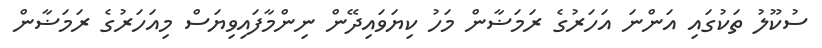
ސުކޫލު ތަކުގައި އަންނަ އަހަރުގެ ރަމަޟާން މަހު ކިޔަވައިދޭން ނިންމާފައިވިޔަސް މިއަހަރުގެ ރަމަޟާން